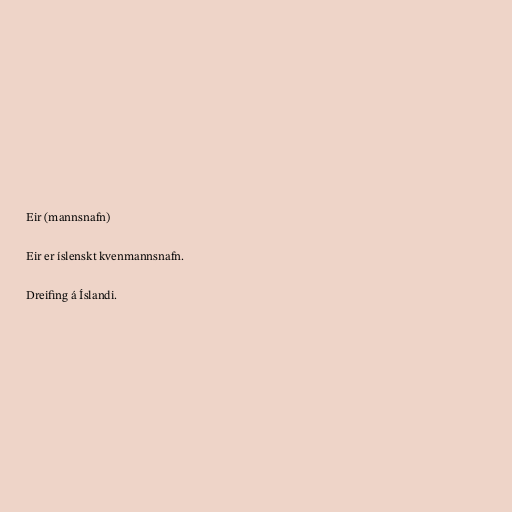
Eir (mannsnafn)

Eir er íslenskt kvenmannsnafn.

Dreifing á Íslandi.